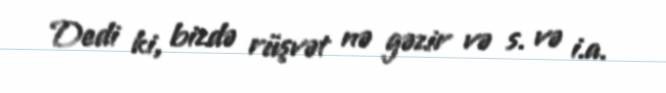
Dedi ki, bizdə rüşvət nə gəzir və s. və i.a.